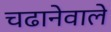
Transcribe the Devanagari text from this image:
चढानेवाले